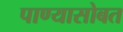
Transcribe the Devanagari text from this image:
पाण्‍यासोबत